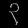
Digit: ၃